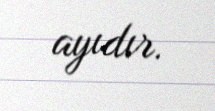
ayıdır.